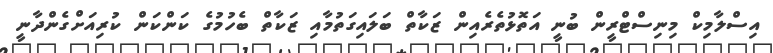
އިސްލާމިކް މިނިސްޓްރީން ބުނީ އަތޮޅުތެރެއިން ޒަކާތް ބަލައިގަތުމާއި ޒަކާތް ބެހުމުގެ ކަންކަން ކުރިއަށްގެންދާނީ